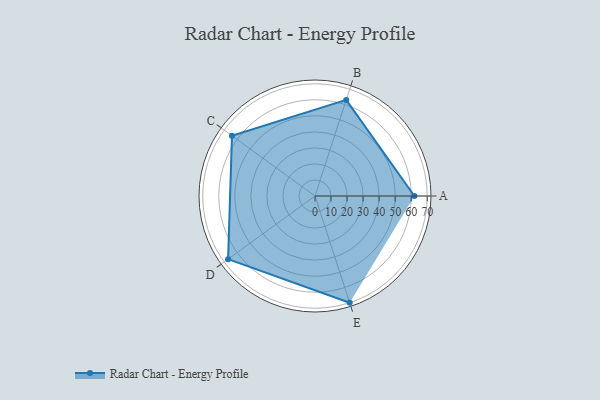
{"axis": {"x": "Skill", "y": "Score"}, "legend": ["Profile"], "data": [{"x": "A", "y": 62.0, "type": "Profile"}, {"x": "B", "y": 63.0, "type": "Profile"}, {"x": "C", "y": 64.0, "type": "Profile"}, {"x": "D", "y": 67.0, "type": "Profile"}, {"x": "E", "y": 70.0, "type": "Profile"}]}